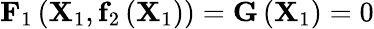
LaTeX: \mathbf{F}_{1}\left(\mathbf{X}_{1},\mathbf{f}_{2}\left(\mathbf{X}_{1}\right)\right)=\mathbf{G}\left(\mathbf{X}_{1}\right)=0